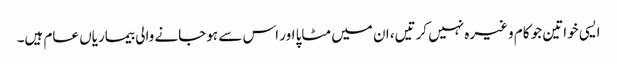
ایسی خواتین جو کام وغیرہ نہیں کرتیں، ان میں مٹاپا اور اس سے ہوجانے والی بیماریاں عام ہیں۔